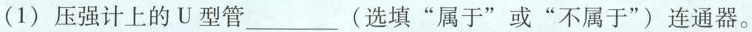
(1)压强计上的U型管___(选填”属于”或”不属于”)连通器。